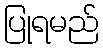
ပြုရမည်